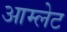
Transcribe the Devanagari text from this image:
आम्‍लेट